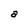
Character: a